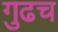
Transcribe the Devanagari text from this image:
गुढच